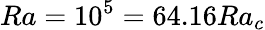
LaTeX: Ra=10^{5}=64.16Ra_{c}